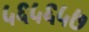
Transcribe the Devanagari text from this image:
५६५६५७